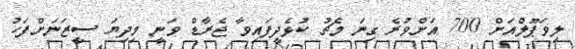
ލިވަޕޫލްއަށް 700 އަށްވުރެ ގިނަ މެޗު ކުޅެދީފައިވާ ޖެރާޑް ވަނީ މިދިޔަ ސީޒަނަށްފަހު